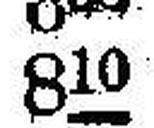
810